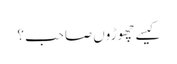
کیسے چھوڑوں صاحب ؟